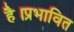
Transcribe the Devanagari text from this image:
है।प्रभावित